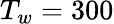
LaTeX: T_{w}=300